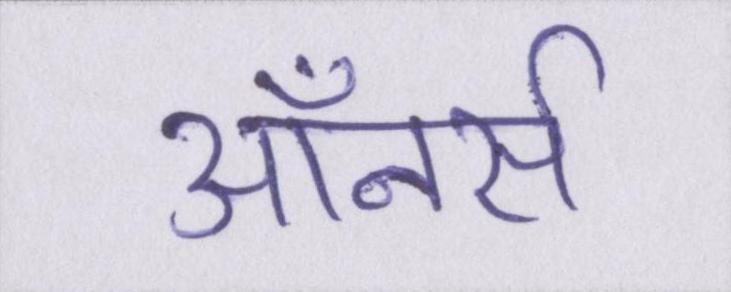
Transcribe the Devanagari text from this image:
ऑनर्स